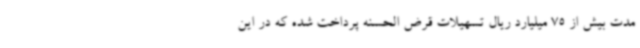
مدت بیش از 75 میلیارد ریال تسهیلات قرض الحسنه پرداخت شده که در این